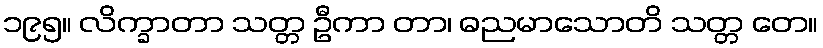
၁၉၅။ လိက္ခာတာ သတ္တ ဦကာ တာ၊ ဓညမာသောတိ သတ္တ တေ။